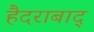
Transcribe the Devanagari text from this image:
हैदराबाद्